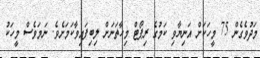
މަދުވެގެން 75 މީހަކަށް އަނިޔާވި ކަމުގެ ރިޕޯޓް މިހާތަނަށް ލިބިފައިވާކަމަށެވެ. ނަމަވެސް މީހަކު